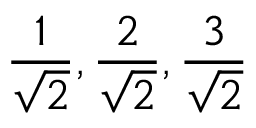
\frac { 1 } { \sqrt { 2 } } , \frac { 2 } { \sqrt { 2 } } , \frac { 3 } { \sqrt { 2 } }